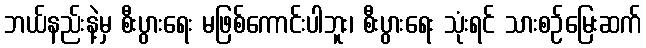
ဘယ်နည်းနဲ့မှ စီးပွားရေး မဖြစ်ကောင်းပါဘူး၊ စီးပွားရေး သုံးရင် သားစဉ်မြေးဆက်